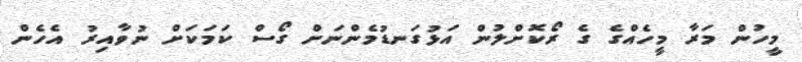
މީހުން މަރާ މީހެއްގެ ގެ ރޯކޮށްލުން އަޅުގަނޑުމެންނަށް ގޯސް ކަމަކަށް ނުވާއިރު އެހެން